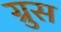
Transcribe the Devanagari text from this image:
ग्रुस